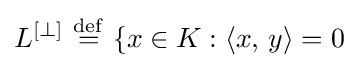
L^{[\perp ]}\ {\stackrel {\mathrm {def} }{=}}\ \{x\in K:\langle x,\,y\rangle =0